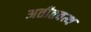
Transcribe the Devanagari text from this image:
अतीतवत्थ